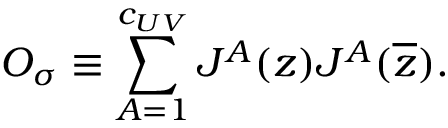
{ \cal O } _ { \sigma } \equiv \sum _ { A = 1 } ^ { c _ { U V } } { \cal J } ^ { A } ( z ) { \cal J } ^ { A } ( \overline { { z } } ) .